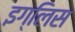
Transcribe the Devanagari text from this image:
इग्लिस